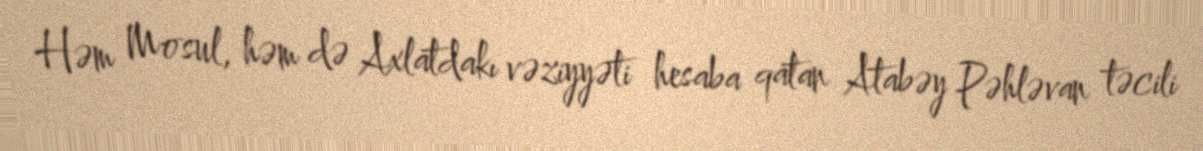
Həm Mosul, həm də Axlatdakı vəziyyəti hesaba qatan Atabəy Pəhləvan təcili